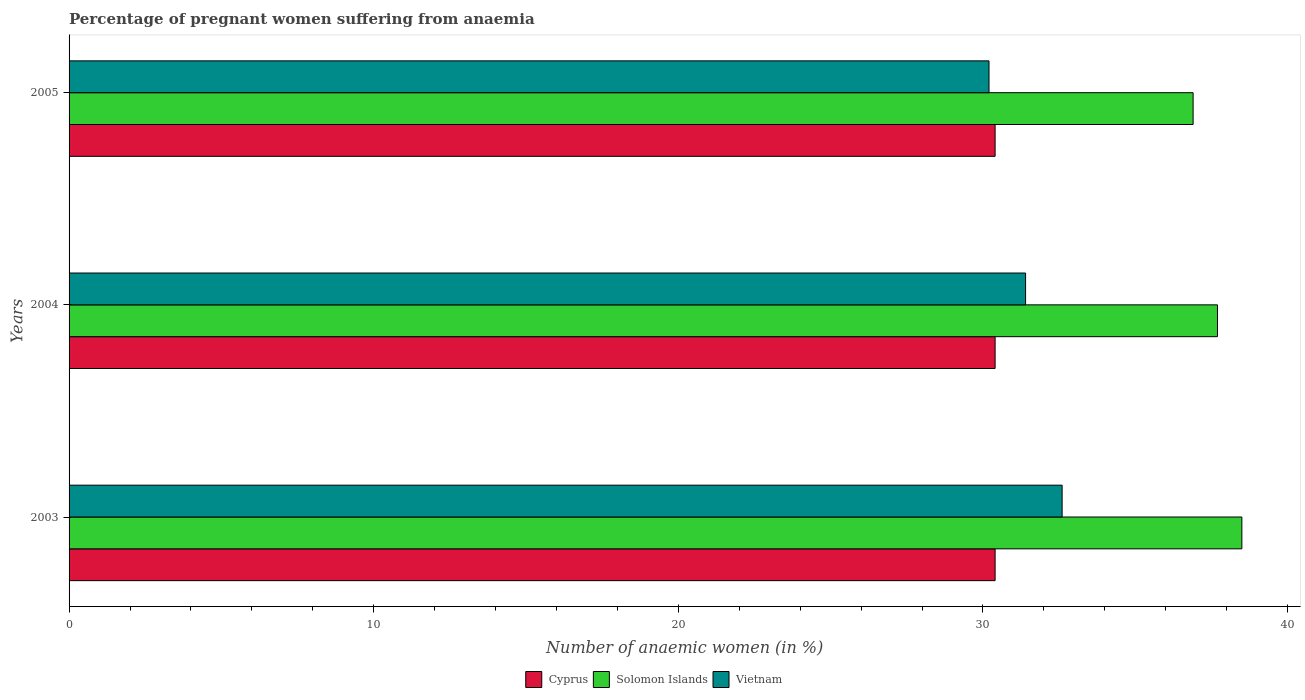
| Years | Cyprus | Solomon Islands | Vietnam |
 | --- | --- | --- | --- |
 | 2003 | 30.4 | 38.5 | 32.6 |
 | 2004 | 30.4 | 37.7 | 31.4 |
 | 2005 | 30.4 | 36.9 | 30.2 |